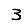
Digit: 3